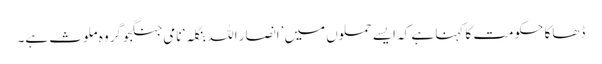
ڈھاکا حکومت کا کہنا ہے کہ ایسے حملوں میں ’انصار اللہ بنگلہ‘ نامی جنگجو گروہ ملوث ہے۔